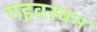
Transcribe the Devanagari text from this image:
गहवरवन